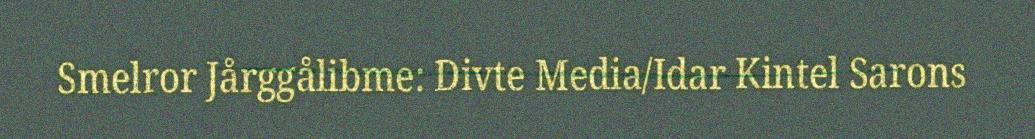
Smelror Jårggålibme: Divte Media/Idar Kintel Sarons